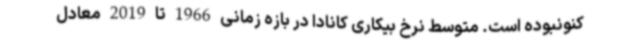
کنونبوده است. متوسط نرخ بیکاری کانادا در بازه زمانی 1966 تا 2019 معادل